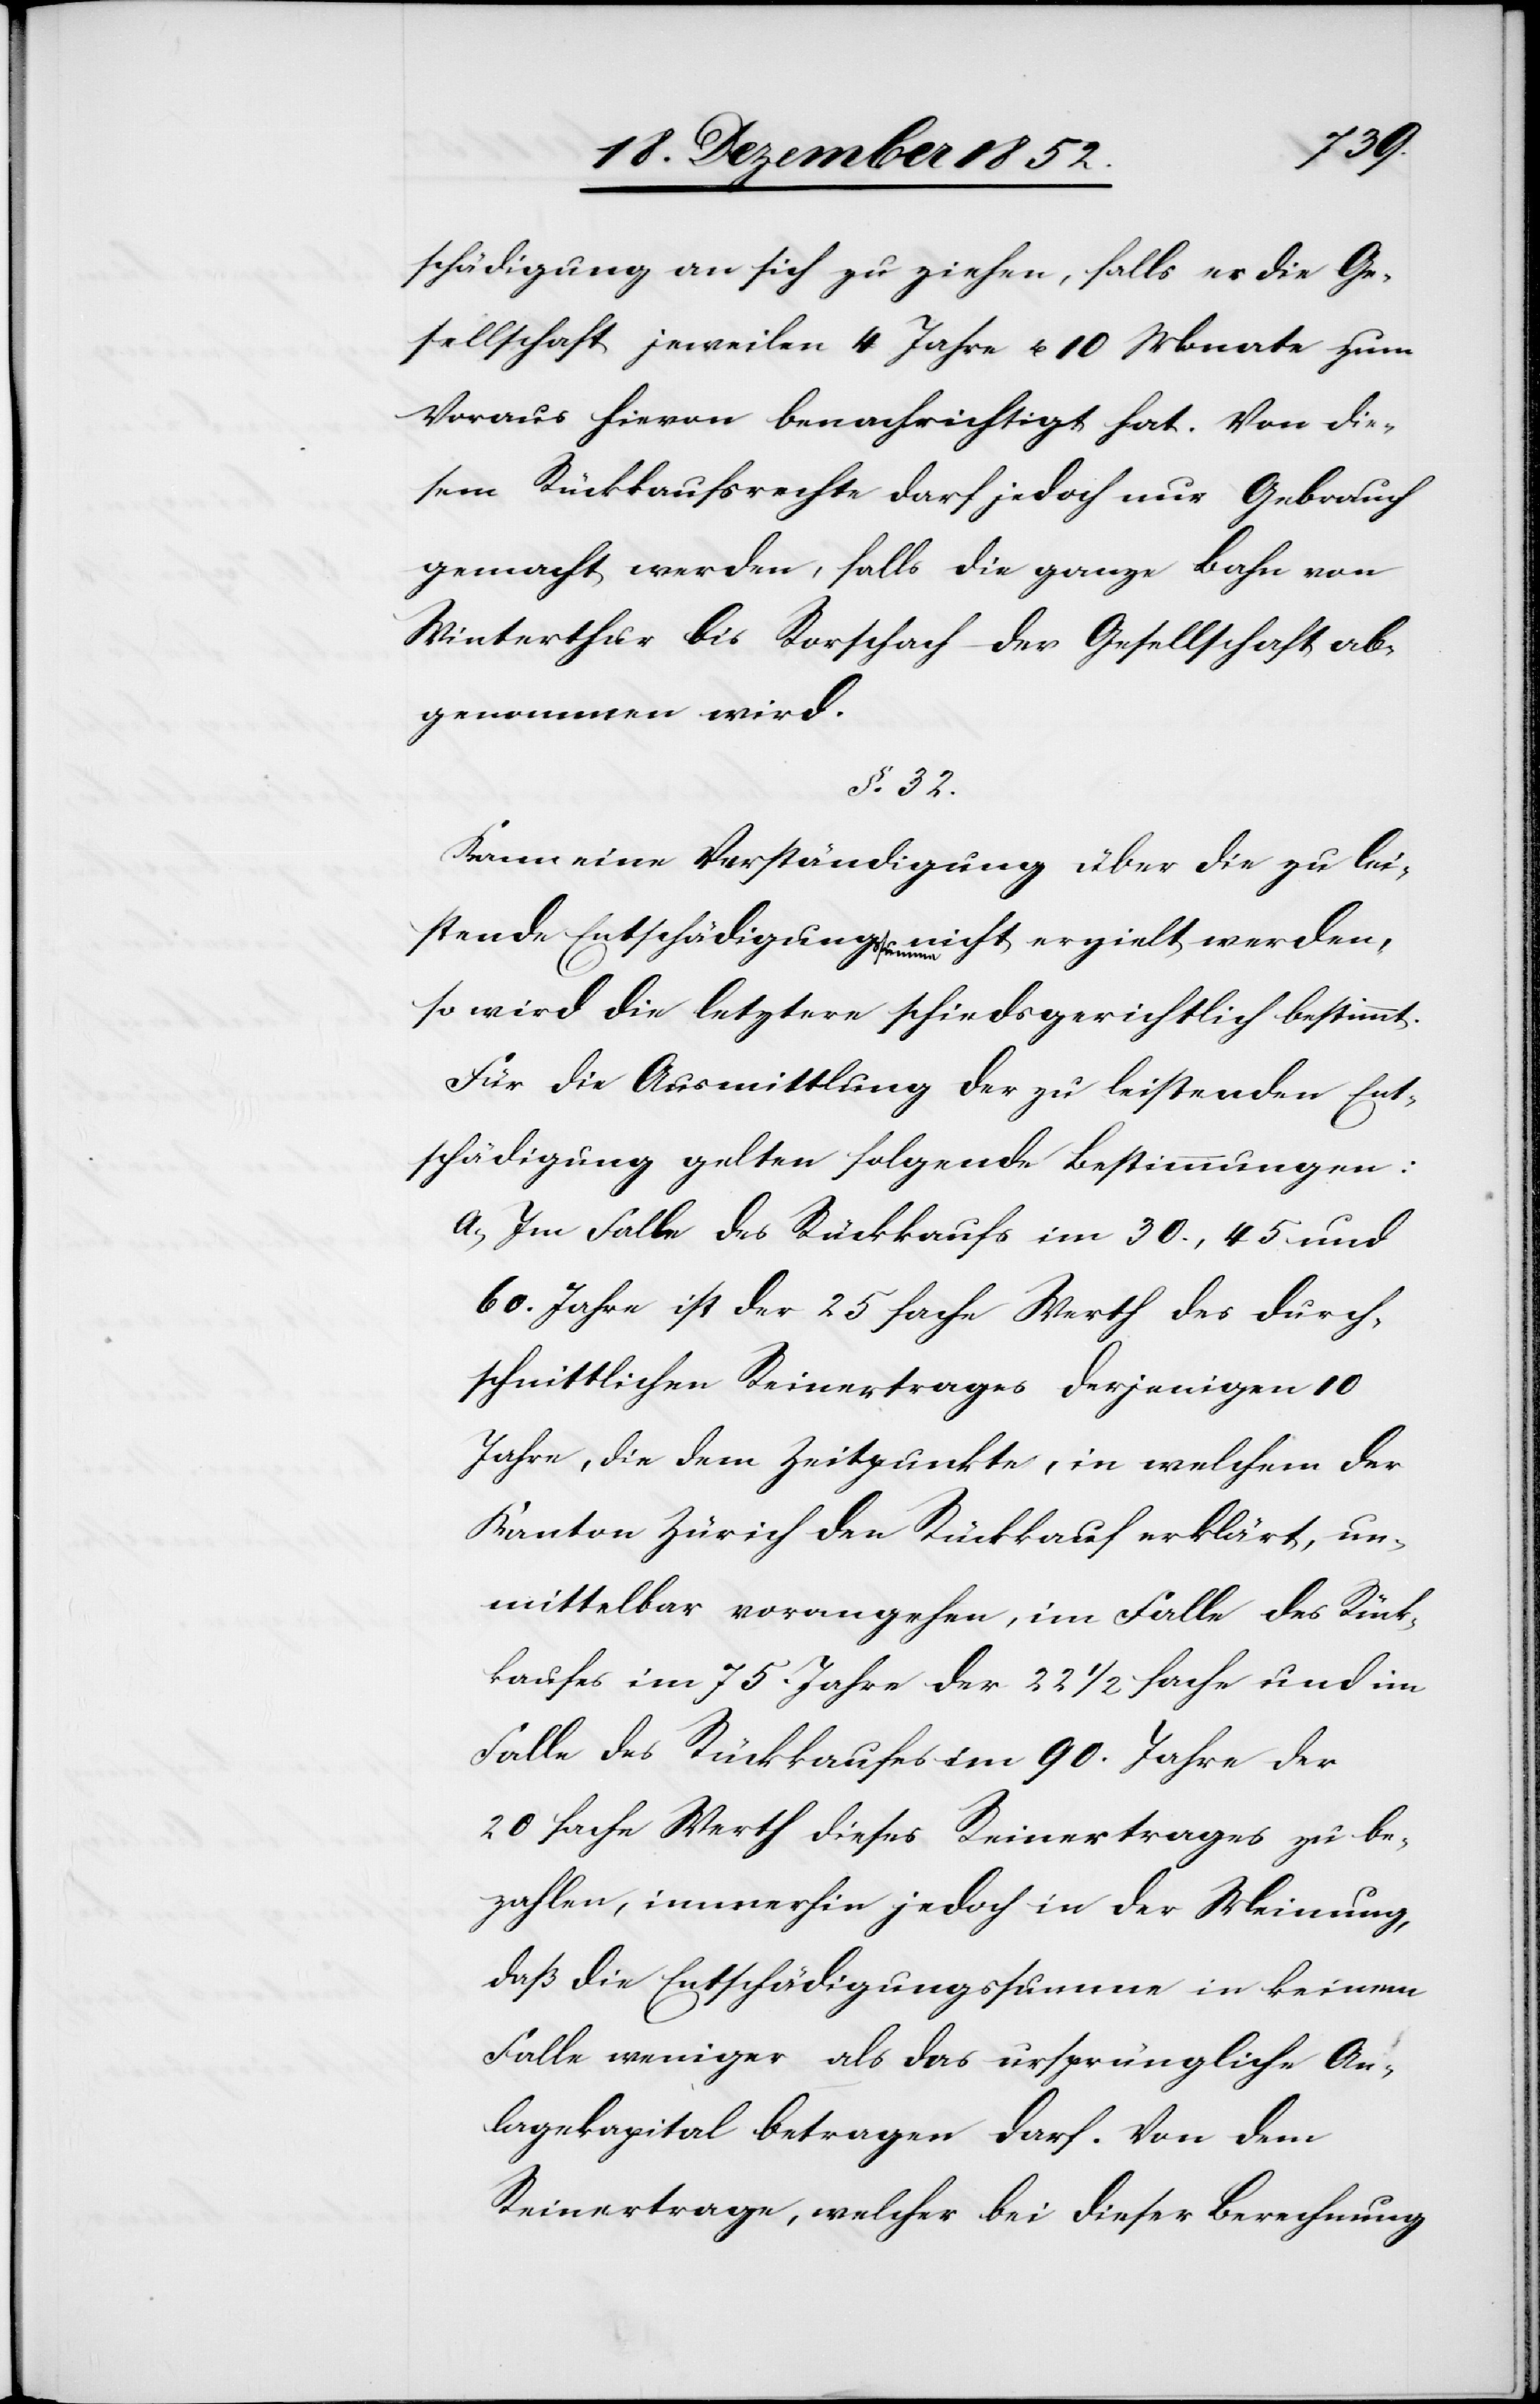
schädigung an sich zu ziehen, falls er die Ge¬
sellschaft jeweilen 4 Jahre u. 10 Monate zum
Voraus hievon benachrichtigt hat. Von die¬
sem Rückkaufsrechte darf jedoch nur Gebrauch
gemacht werden, falls die ganze Bahn von
Winterthur bis Rorschach der Gesellschaft ab¬
genommen wird.
§. 32.
Kann eine Verständigung über die zu lei¬
stende Entschädigungssumme nicht erzielt werden,
so wird die letztere schiedsgerichtlich bestimmt.
Für die Ausmittlung der zu leistenden Ent¬
schädigung gelten folgende Bestimmungen:
Im Falle des Rückkaufs im 30., 45 und
60. Jahre ist der 25 fache Werth des durch¬
schnittlichen Reinertrages derjenigen 10
Jahre, die dem Zeitpunkte, in welchem der
Kanton Zürich den Rückkauf erklärt, un¬
mittelbar vorangehen, im Falle des Rück¬
kaufes im 75. Jahre der 22 1/2 fache und im
Falle des Rückkaufes im 90. Jahre der
20 fache Werth dieses Reinertrages zu be¬
zahlen, immerhin jedoch in der Meinung,
daß die Entschädigungssumme in keinem
Falle weniger als das ursprüngliche An¬
lagekapital betragen darf. Von dem
Reinertrage, welcher bei dieser Berechnung